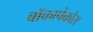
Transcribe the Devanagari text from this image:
बॉकापेकोरा